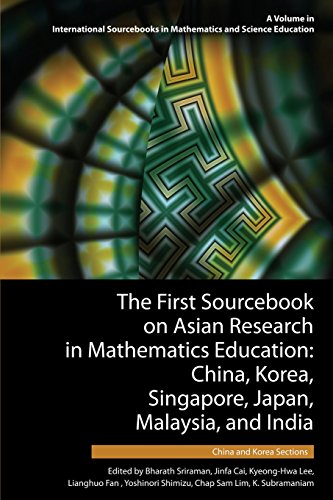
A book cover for The First Sourcebook on Asian Research in Mathematics Education: China, Korea, Singapore, Japan, Malaysia and India -- China and Korea Sections ... in Mathematics and Science Education); Science & Math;